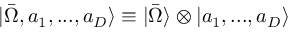
| \bar { \Omega } , a _ { 1 } , . . . , a _ { D } \rangle \equiv | \bar { \Omega } \rangle \otimes | a _ { 1 } , . . . , a _ { D } \rangle